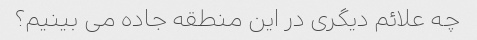
چه علائم دیگری در این منطقه جاده می بینیم؟